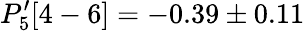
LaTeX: P_{5}^{\prime}[4-6]=-0.39\pm 0.11